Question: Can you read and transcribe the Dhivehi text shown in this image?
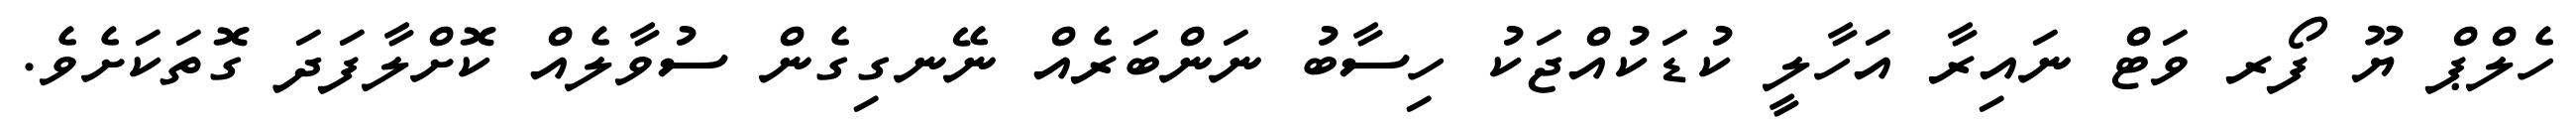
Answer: ހެލްޕް ޔޫ ފޯރ ވަޓް ނައިރާ އަހާލީ ކުޑަކުއްޖަކު ހިސާބު ނަންބަރެއް ނޭނގިގެން ސުވާލެއް ކޮށްލާފަދަ ގޮތަކަށެވެ.